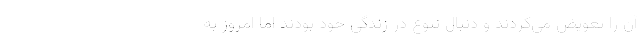
آن را تعویض می‌کردند و دنبال تنوع در زندگی خود بودند اما امروز به